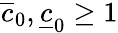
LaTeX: \overline{{c}}_{0},\underline{{c}}_{0}\geq 1